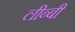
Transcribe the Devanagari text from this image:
लीब्बी